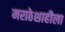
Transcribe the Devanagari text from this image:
मराठेशाहीला